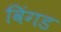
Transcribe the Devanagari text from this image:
विंगड